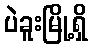
ပဲခူးမြို့ရှိ